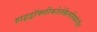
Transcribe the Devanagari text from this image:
हाइड्रॉक्सीकोलेकैलसिफ़ेरॉल